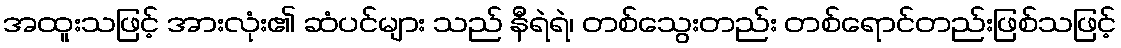
အထူးသဖြင့် အားလုံး၏ ဆံပင်များ သည် နီရဲရဲ၊ တစ်သွေးတည်း တစ်ရောင်တည်းဖြစ်သဖြင့်